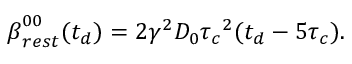
\boldsymbol { \beta } _ { r e s t } ^ { 0 0 } ( t _ { d } ) = 2 \gamma ^ { 2 } D _ { 0 } \boldsymbol { \tau _ { c } } ^ { 2 } ( t _ { d } - 5 \boldsymbol { \tau _ { c } } ) .